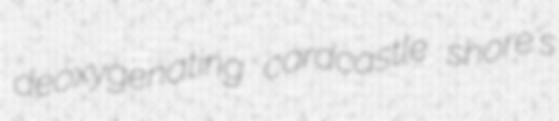
deoxygenating cardcastle shore's